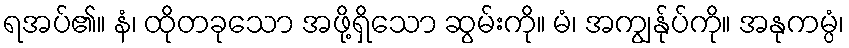
ရအပ်၏။ နံ၊ ထိုတခုသော အဖို့ရှိသော ဆွမ်းကို။ မံ၊ အကျွန်ုပ်ကို။ အနုကမ္ပံ၊